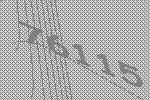
76115